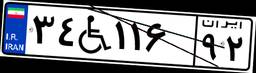
۵۰W۸۴۱۵۷